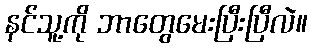
နင်သူ့ကို ဘာတွေမေးပြီးပြီလဲ။